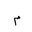
Letter: _mim